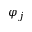
\varphi _ { j }